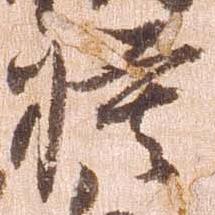
模